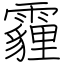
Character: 霾